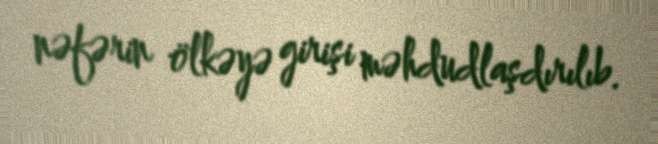
nəfərin ölkəyə girişi məhdudlaşdırılıb.